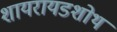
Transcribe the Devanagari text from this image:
शायरायडशोथ